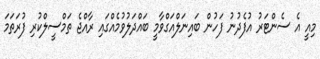
މިއީ އެ ސެންޓަރު އުފެދުނު ފަހުން ބައިނަލްއަގްވާމީ ބައްދަލުވުމެއްގައި ރާއްޖެ ތަމްސީލްކުރި ފުރަތަމަ